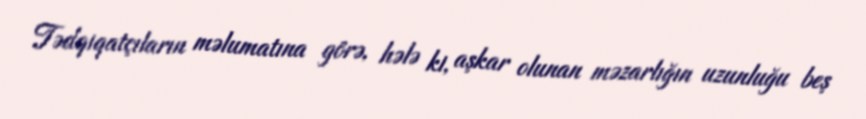
Tədqiqatçıların məlumatına görə, hələ ki, aşkar olunan məzarlığın uzunluğu beş